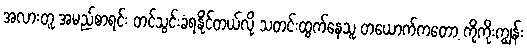
အလားတူ အမည်စာရင်း တင်သွင်းခံရနိုင်တယ်လို့ သတင်းထွက်နေသူ တယောက်ကတော့ ကိုကိုးကျွန်း